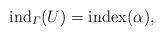
LaTeX: \begin{align*}{\rm ind}_\varGamma (U) = {\rm index} (\alpha), \end{align*}